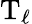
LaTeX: \mathrm{T}_{\ell}